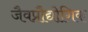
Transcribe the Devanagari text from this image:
जैवप्रौद्योगिक